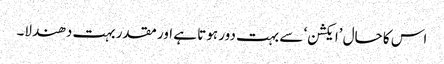
اس کا حال ’ایکشن‘ سے بہت دور ہوتا ہے اور مقدر بہت دھندلا۔